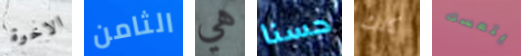
الاخوة الثامن هي حسنا كانك يتمسك